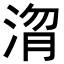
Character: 𭰴